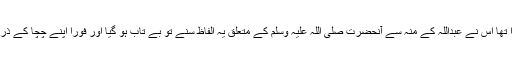
اس وقت ایک مخلص مسلمان بچہ زید بن ارقم بھی وہاں بیٹھاہوا تھا اس نے عبداللہ کے منہ سے آنحضرت صلی اللہ علیہ وسلم کے متعلق یہ الفاظ سنے تو بے تاب ہو گیا اور فوراً اپنے چچا کے ذریعےآنحضرت صلی اللہ علیہ وسلم کو اس واقعےکی اطلاع دی۔